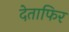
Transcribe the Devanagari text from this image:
देताफिर